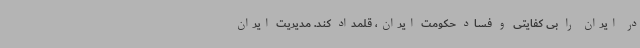
در ایران را بی کفایتی و فساد حکومت ایران، قلمداد کند. مدیریت ایران